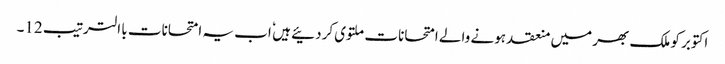
اکتوبر کو ملک بھر میں منعقد ہونے والے امتحانات ملتوی کردئیے ہیں ٗ اب یہ امتحانات با الترتیب 12۔